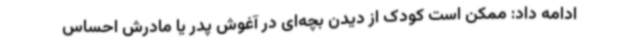
ادامه داد: ممکن است کودک از دیدن بچه‌ای در آغوش پدر یا مادرش احساس